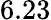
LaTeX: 6.23